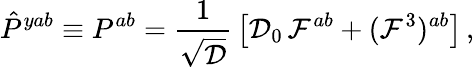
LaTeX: \hat{P}^{yab}\equiv P^{ab}={\frac{1}{\sqrt{\cal D}}}\left[{\cal D}_{0}\, {\cal F}^{ab}+({\cal F}^{3})^{ab}\right]\, ,